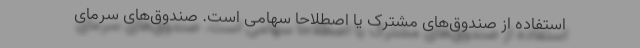
استفاده از صندوق‌های مشترک یا اصطلاحاً سهامی است. صندوق‌های سرمای